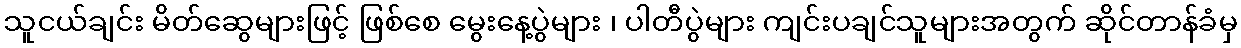
သူငယ်ချင်း မိတ်ဆွေများဖြင့် ဖြစ်စေ မွေးနေ့ပွဲများ ၊ ပါတီပွဲများ ကျင်းပချင်သူများအတွက် ဆိုင်တာန်ခံမှ